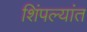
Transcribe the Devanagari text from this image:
शिंपल्यांत